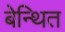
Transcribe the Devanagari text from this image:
बेन्थित